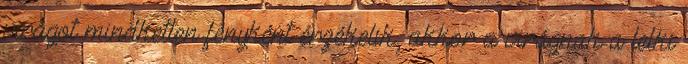
virágot mindketten fényként érzékelik, akkor a virágnak a lelki